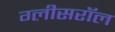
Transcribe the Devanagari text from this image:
ग्लीसरॉल